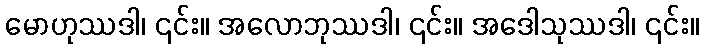
မောဟုဿဒါ၊ ၎င်း။ အလောဘုဿဒါ၊ ၎င်း။ အဒေါသုဿဒါ၊ ၎င်း။